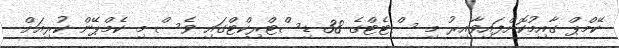
ކޭމްޕް ގާއިމުކޮށްފައިވާއިރު މި ސްޓެޓްގެ 38 ޑިސްޓްރިކްޓްގައި ވެސް މި ކެމްޕޭން ކުރިއަށް